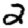
Digit: 2